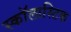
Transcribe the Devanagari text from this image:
स्कॉलास्टिक